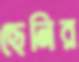
ছেনির